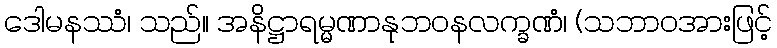
ဒေါမနဿံ၊ သည်။ အနိဋ္ဌာရမ္မဏာနုဘဝနလက္ခဏံ၊ (သဘာဝအားဖြင့်